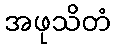
အဖုသိတံ